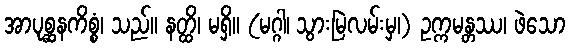
အာပုစ္ဆနကိစ္စံ၊ သည်။ နတ္ထိ၊ မရှိ။ (မဂ္ဂါ၊ သွားမြဲလမ်းမှ၊) ဥက္ကမန္တဿ၊ ဖဲသော